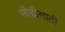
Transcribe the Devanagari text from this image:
सीडीसाठी